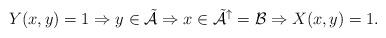
LaTeX: \begin{align*}Y(x,y)=1 \Rightarrow y \in \tilde{\mathcal{A}} \Rightarrow x \in \tilde{\mathcal{A}}^\uparrow = \mathcal{B} \Rightarrow X(x,y)=1. \end{align*}